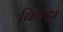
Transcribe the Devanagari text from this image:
बिभड़ा